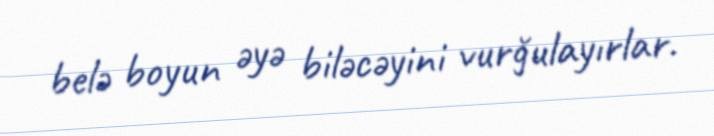
belə boyun əyə biləcəyini vurğulayırlar.